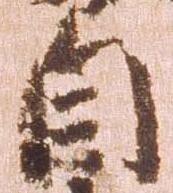
自